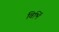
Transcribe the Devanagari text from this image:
विभिं